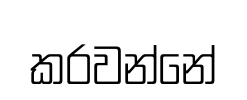
කරවන්නේ